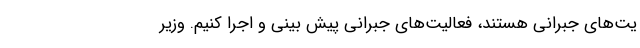
یت‌های جبرانی هستند، فعالیت‌های جبرانی پیش بینی و اجرا کنیم. وزیر